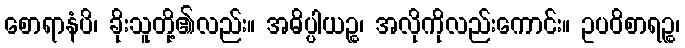
စောရာနံပိ၊ ခိုးသူတို့၏လည်း။ အဓိပ္ပါယဉ္စ၊ အလိုကိုလည်းကောင်း။ ဥပဝိစာရဉ္စ၊